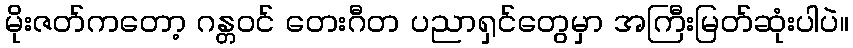
မိုးဇတ်ကတော့ ဂန္တဝင် တေးဂီတ ပညာရှင်တွေမှာ အကြီးမြတ်ဆုံးပါပဲ။